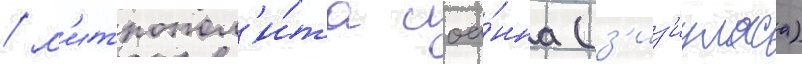
/ м'итропол'и́та иоа́нна (з'из'иуласа)